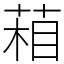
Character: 葙